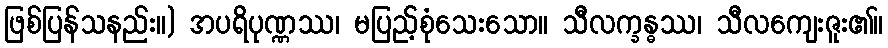
ဖြစ်ပြန်သနည်း။) အပရိပုဏ္ဏဿ၊ မပြည့်စုံသေးသော။ သီလက္ခန္ဓဿ၊ သီလကျေးဇူး၏။